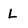
Character: L